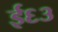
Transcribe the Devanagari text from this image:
ई६३